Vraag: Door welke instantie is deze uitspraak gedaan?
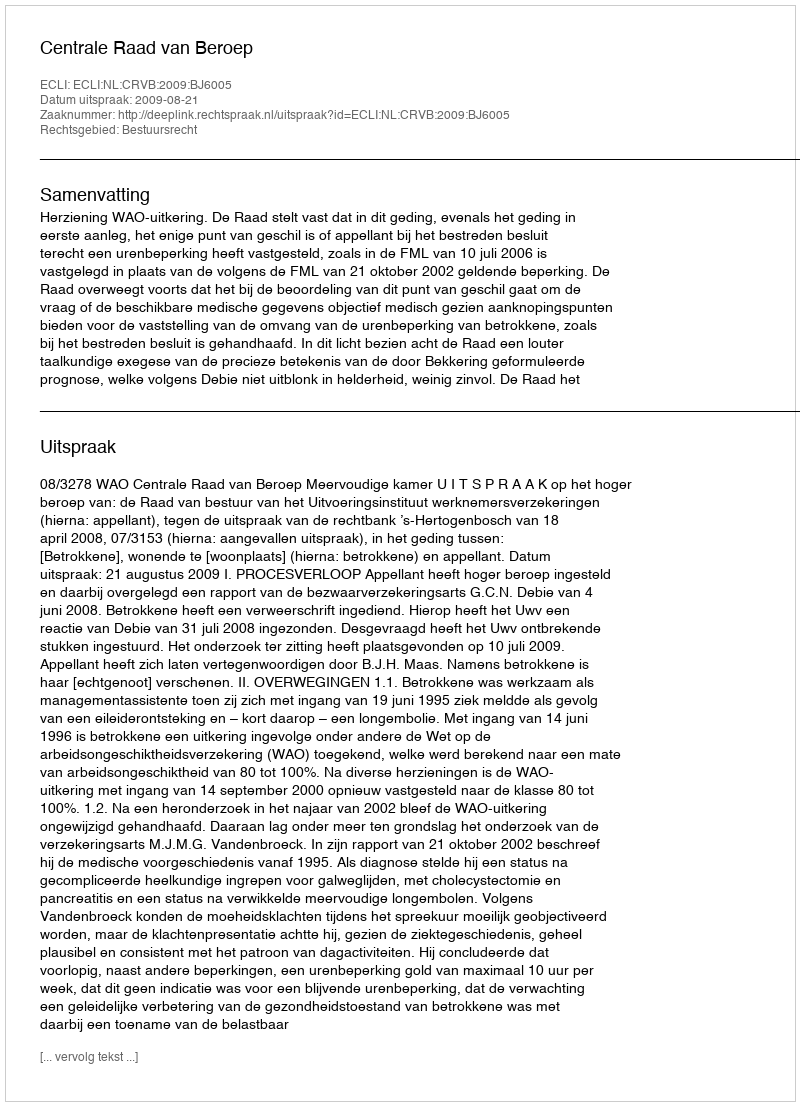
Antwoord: Centrale Raad van Beroep